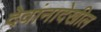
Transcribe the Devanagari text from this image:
देवांनादेखील